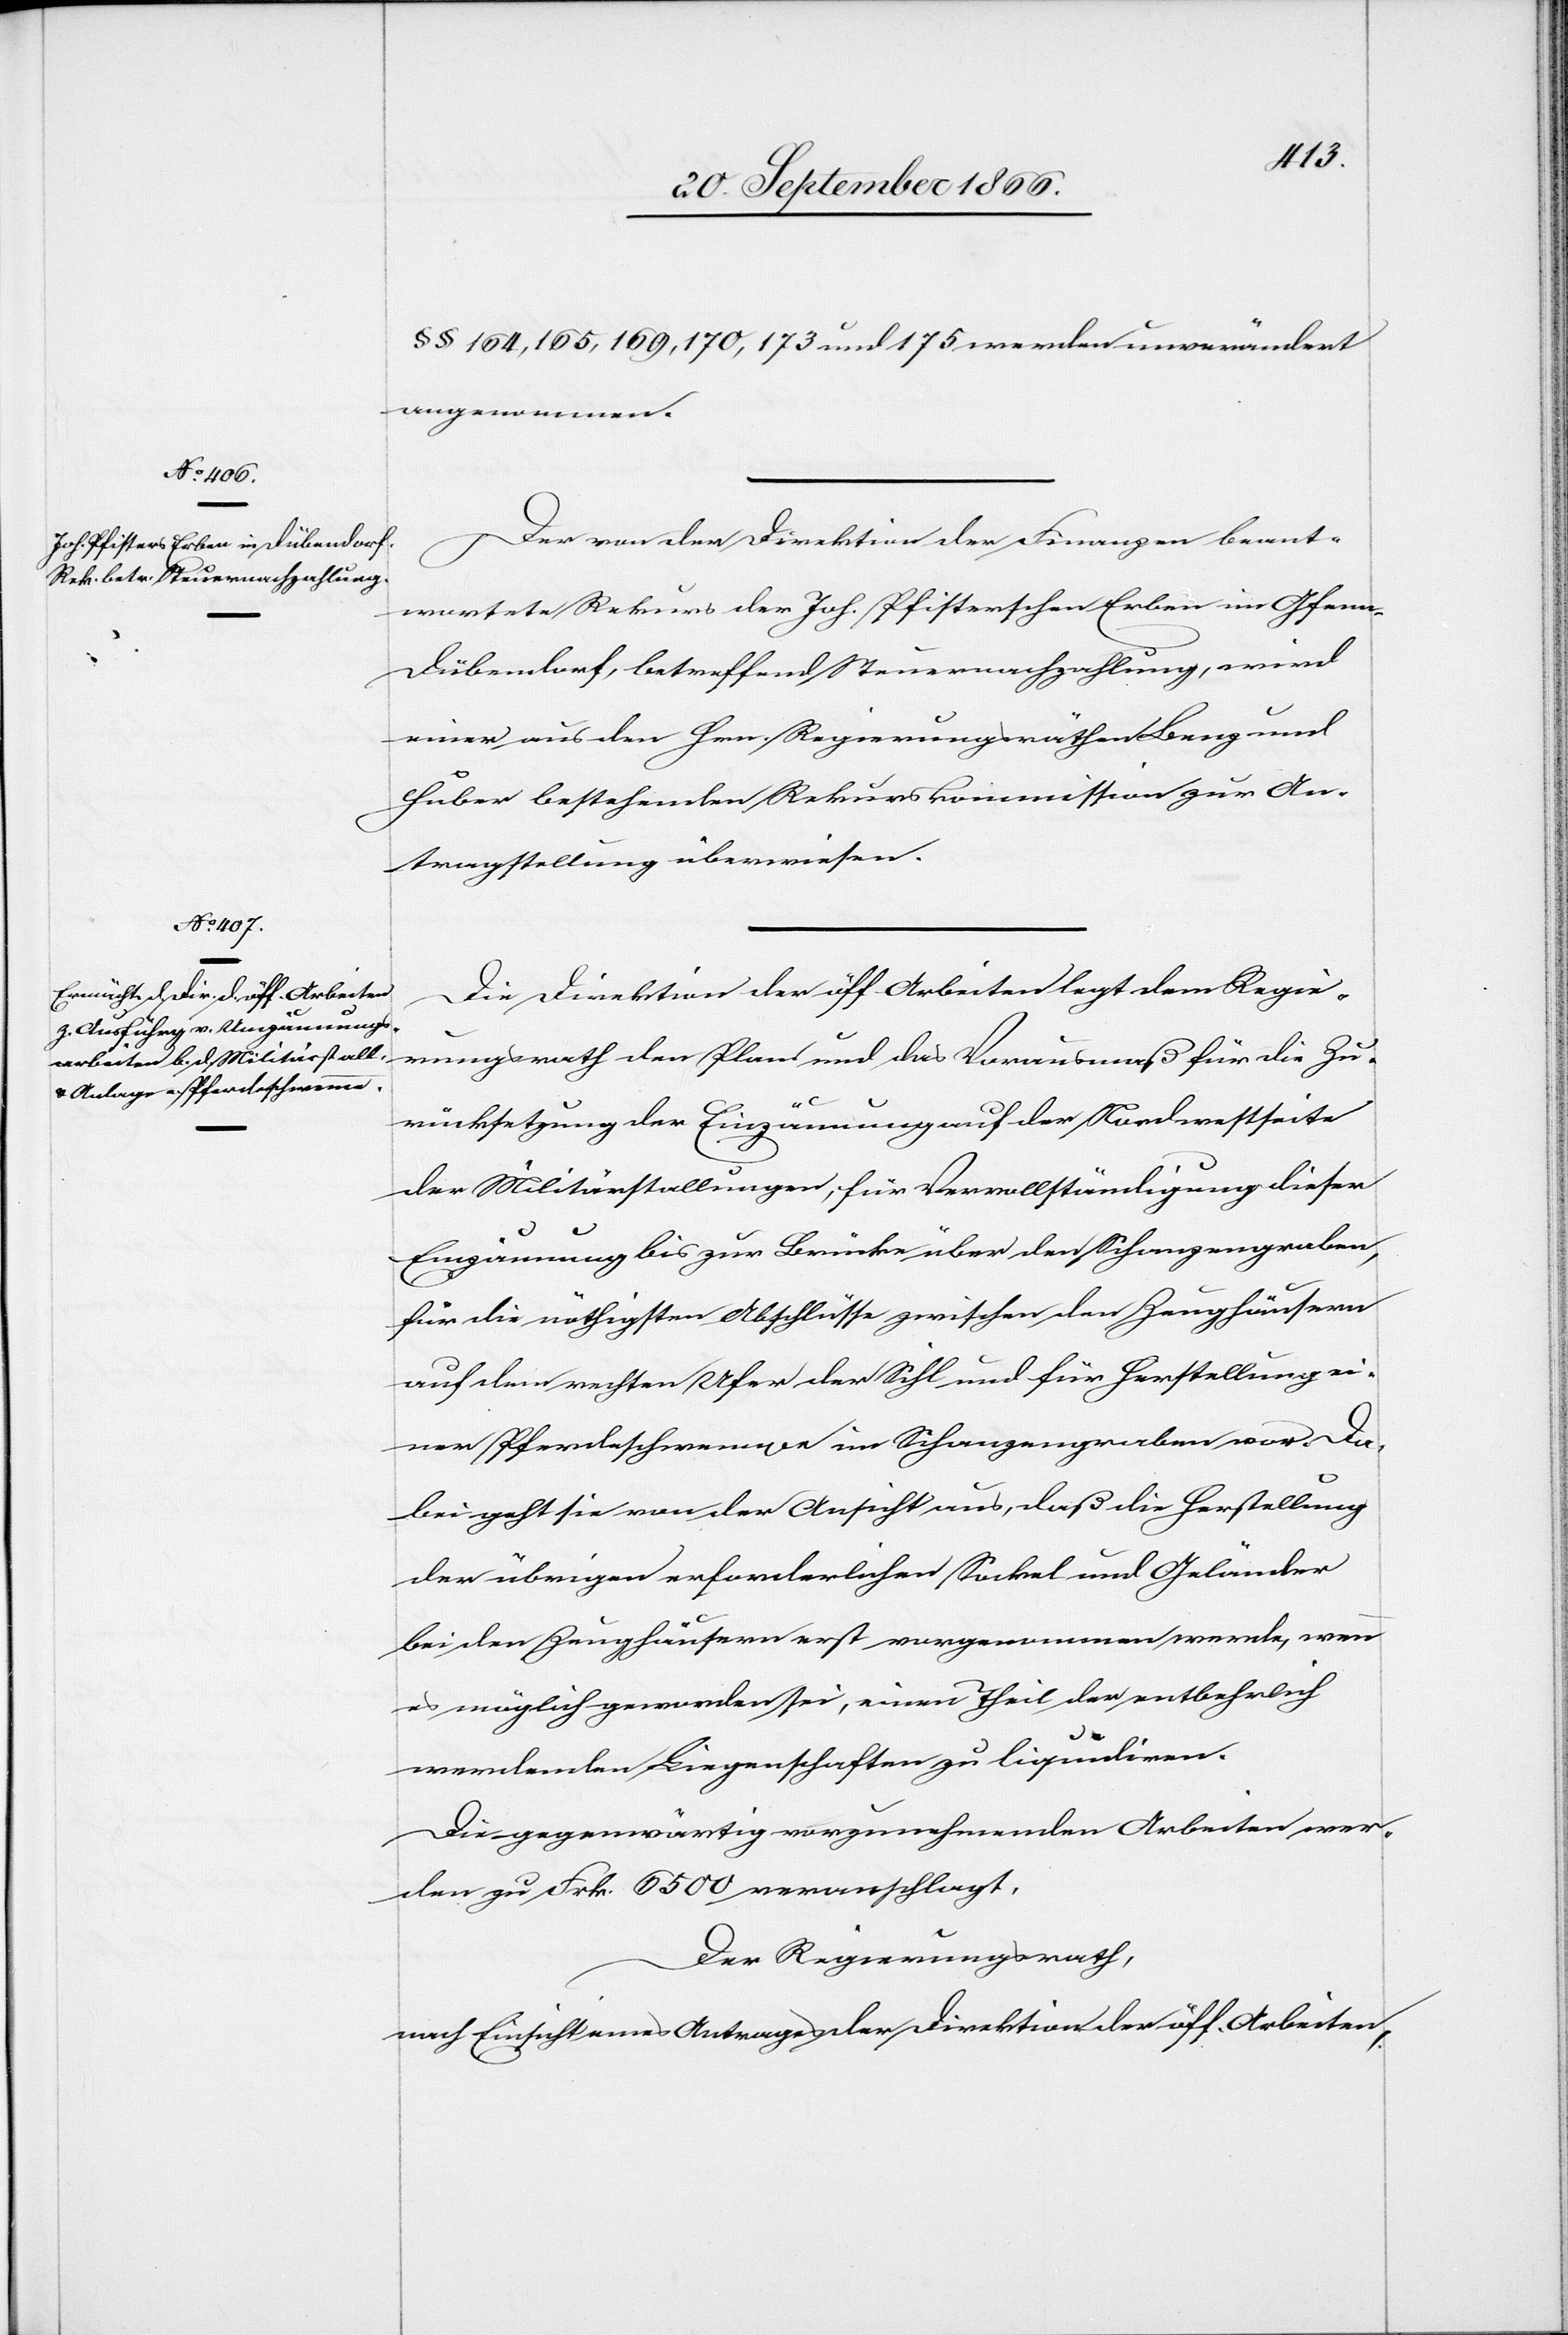
§ § 164, 165, 169, 170, 173 und 175 werden unverändert
angenommen.
Der von der Direktion der Finanzen beant¬
wortete Rekurs der Joh. Pfisterschen Erben in Gfen¬
n-Dübendorf, betreffend Steuernachzahlung, wird
einer aus den Hrn. Regierungsräthen Benz und
Huber bestehenden Rekurskommission zur An¬
tragstellung überwiesen.
Die Direktion der öff. Arbeiten legt dem Regie¬
rungsrath den Plan und das Vorausmaß für die Zu¬
rücksetzung der Einzäumung auf der Nordwestseite
der Militärstallungen, für Vervollständigung dieser
Einzäumung bis zur Brücke über den Schanzengraben,
für die nöthigsten Abschlüsse zwischen den Zeughäusern
auf dem rechten Ufer der Sihl und für Herstellung ei¬
ner Pferdeschwemme im Schanzengraben vor. Da¬
bei geht sie von der Ansicht aus, daß die Herstellung
der übrigen erforderlichen Sockel und Geländer
bei den Zeughäusern erst vorgenommen werde, wenn
es möglich geworden sei, einen Theil der entbehrlich
werdenden Liegenschaften zu liquidiren.
Die gegenwärtig vorzunehmenden Arbeiten wer¬
den zu Frk. 6500 veranschlagt.
Der Regierungsrath,
nach Einsicht eines Antrages der Direktion der öff. Arbeiten,